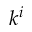
k ^ { i }